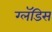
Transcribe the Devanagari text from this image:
ग्लॅडिस